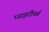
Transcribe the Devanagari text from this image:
प्नाइटीयर्स